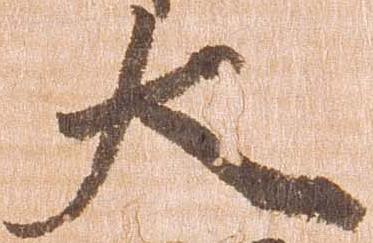
大